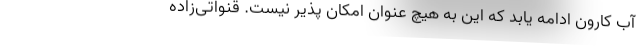
آب کارون ادامه یابد که این به هیچ عنوان امکان پذیر نیست. قنواتی‌زاده